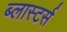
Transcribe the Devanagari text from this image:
ब्लास्टर्स